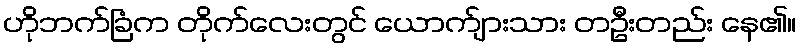
ဟိုဘက်ခြံက တိုက်လေးတွင် ယောက်ျားသား တဦးတည်း နေ၏။